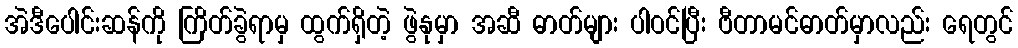
အဲဒီပေါင်းဆန်ကို ကြိတ်ခွဲရာမှ ထွက်ရှိတဲ့ ဖွဲနုမှာ အဆီ ဓာတ်များ ပါဝင်ပြီး ဗီတာမင်ဓာတ်မှာလည်း ရေတွင်